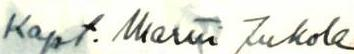
Kapt. Martti Jukola